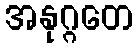
အနုဂ္ဂတေ